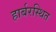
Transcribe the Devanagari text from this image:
हार्बरस्थित